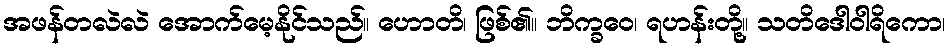
အဖန်တလဲလဲ အောက်မေ့နိုင်သည်။ ဟောတိ၊ ဖြစ်၏။ ဘိက္ခဝေ၊ ရဟန်းတို့။ သတိဒေါဝါရိကော၊